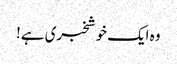
وہ ایک خوشخبری ہے!